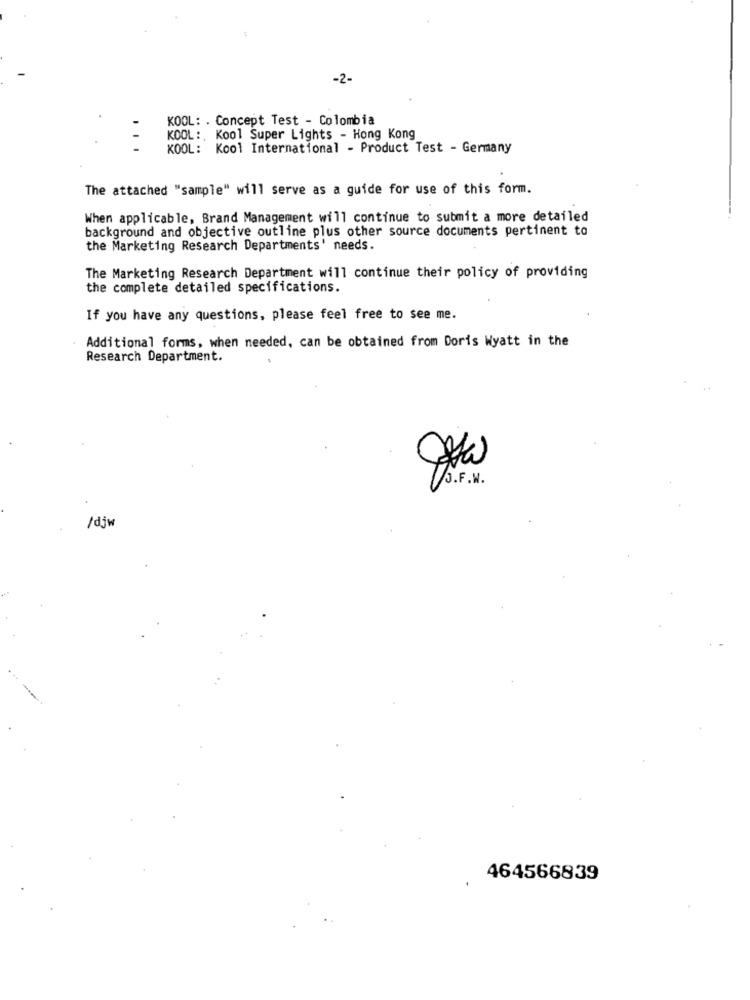
-2-
KOOL: . Concept Test - Colombia
KOOL :. Kool Super Lights - Hong Kong
...
KOOL: Kool International - Product Test - Germany
The attached "sample" will serve as a guide for use of this form.
When applicable, Brand Management will continue to submit a more detailed
background and objective outline plus other source documents pertinent to
the Marketing Research Departments' needs.
The Marketing Research Department will continue their policy of providing
the complete detailed specifications.
If you have any questions, please feel free to see me.
Additional forms, when needed, can be obtained from Doris Wyatt in the
Research Department.
/djw
464566839